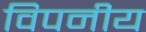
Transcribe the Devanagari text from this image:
विपनीय